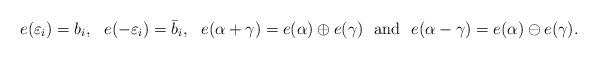
LaTeX: \begin{align*}e(\varepsilon_i)=b_i,\ \ e(-\varepsilon_i)=\bar b_i, \ \ e(\alpha+\gamma)=e(\alpha)\oplus e(\gamma) \ \mbox{ and } \ e(\alpha-\gamma)=e(\alpha)\ominus e(\gamma).\end{align*}